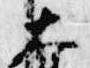
大